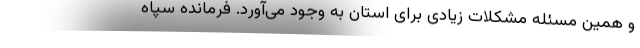
و همین مسئله مشکلات زیادی برای استان به وجود می‌آورد. فرمانده سپاه